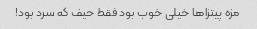
مزه پیتزا‌ها خیلی خوب بود فقط حیف که سرد بود!